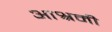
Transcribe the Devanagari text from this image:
आश्रमी